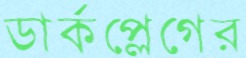
ডার্কপ্লেগের